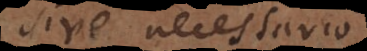
sive necessario